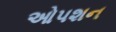
ઓપશન